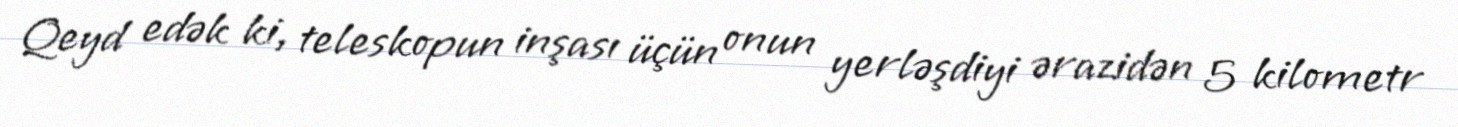
Qeyd edək ki, teleskopun inşası üçün onun yerləşdiyi ərazidən 5 kilometr